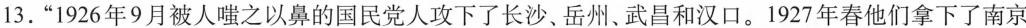
13.”1926年9月被人嗤之以鼻的国民党人攻下了长沙、岳州、武昌和汉口。1927年春他们拿下了南京